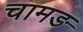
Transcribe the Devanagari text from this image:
चामङ